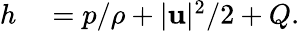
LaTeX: \begin{array}{rl}{h}&{{}=p/\rho+|\mathbf{u}|^{2}/2+Q.}\end{array}